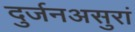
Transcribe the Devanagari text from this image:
दुर्जनअसुरां